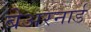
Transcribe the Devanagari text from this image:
बेअरनार्ड